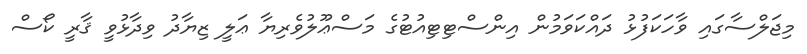
މިޖަލްސާގައި ވާހަކަފުޅު ދައްކަވަމުން އިންސްޓިޓިއުޓުގެ މަސްޢޫލުވެރިޔާ ޢަލީ ޒިޔާދު ވިދާޅުވީ ޤާރީ ކޯސް